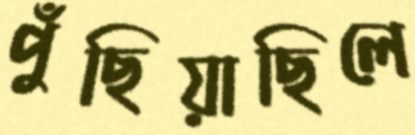
পুঁছিয়াছিলে